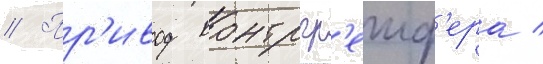
// Пр'ивод контргр'еиф'ера /